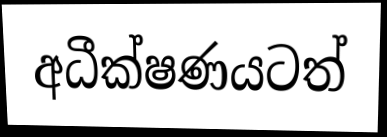
අධීක්ෂණයටත්